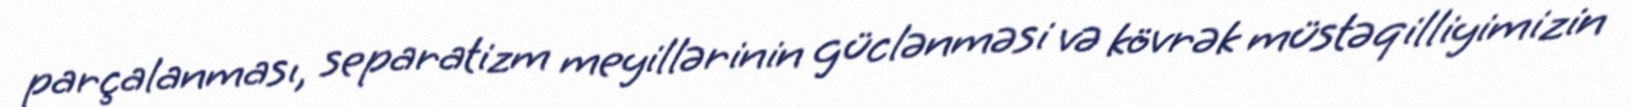
parçalanması, separatizm meyillərinin güclənməsi və kövrək müstəqilliyimizin